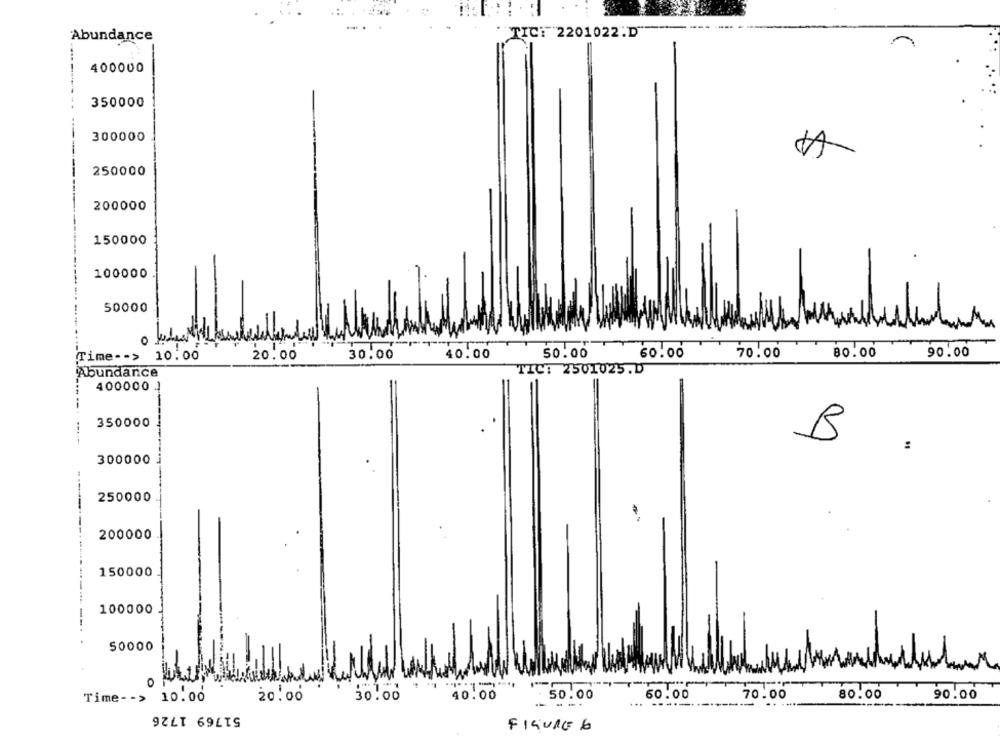
Abundance
TIC: 2201022.D
400000
350000
300000
250000
200000
150000
100000
50000
Time -- > 10.00
20.00
30.00
40.00
50.00
60.00
70.00
80.00
90.00
TIC: 2501025.D
Abundance
400000 1
-----
350000
B .
300000
250000
200000
150000
100000
50000
0
Time- - >
10.00
20.00
30.00
40.00
. 50.00
60.00
70.00
80.00
90.00
-- ---
...
-+
----.
.. ....
--
51769 1726
FIGURE 6